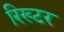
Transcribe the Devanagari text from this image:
रिख्टर